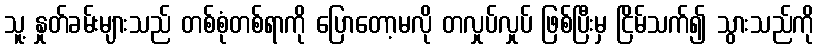
သူ့ နှုတ်ခမ်းများသည် တစ်စုံတစ်ရာကို ပြောတော့မလို တလှုပ်လှုပ် ဖြစ်ပြီးမှ ငြိမ်သက်၍ သွားသည်ကို